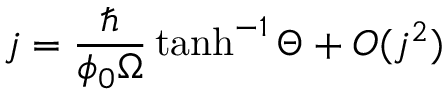
j = { \frac { \hbar } { \phi _ { 0 } \Omega } } \operatorname { t a n h } ^ { - 1 } \Theta + O ( j ^ { 2 } )